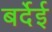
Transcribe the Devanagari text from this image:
बर्देई